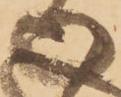
御